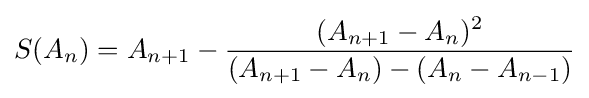
S(A_{n})=A_{n+1}-{\frac {(A_{n+1}-A_{n})^{2}}{(A_{n+1}-A_{n})-(A_{n}-A_{n-1})}}